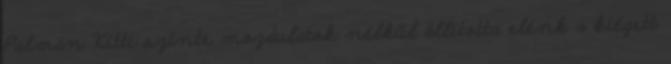
Palman Kitti szinte mozdulatok nélkül állította elénk a kiégett